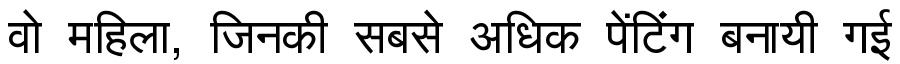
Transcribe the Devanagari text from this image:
वो महिला, जिनकी सबसे अधिक पेंटिंग बनायी गई